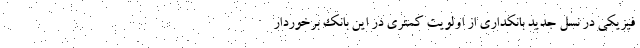
فیزیکی در نسل جدید بانکداری از اولویت کمتری در این بانک برخوردار